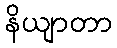
နိယျာတာ